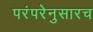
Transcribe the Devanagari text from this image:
परंपरेनुसारच